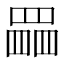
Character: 𦋹